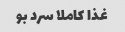
غذا کاملا سرد بو